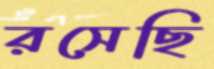
রসেছি